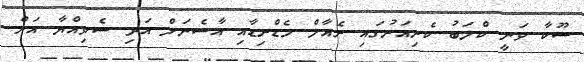
ސޫކާ ވަނީ ކްލަބު ކެރިއަރުގައި ރެއާލް މެޑްރިޑާއި އާސެނަލް އަދި ސެވިއްޔާ އަށް